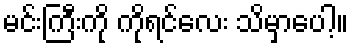
မင်းကြီးကို ကိုရင်လေး သိမှာပေါ့။